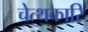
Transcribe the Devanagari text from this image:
चेत्थकारि